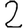
Digit: 2